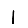
Digit: 1